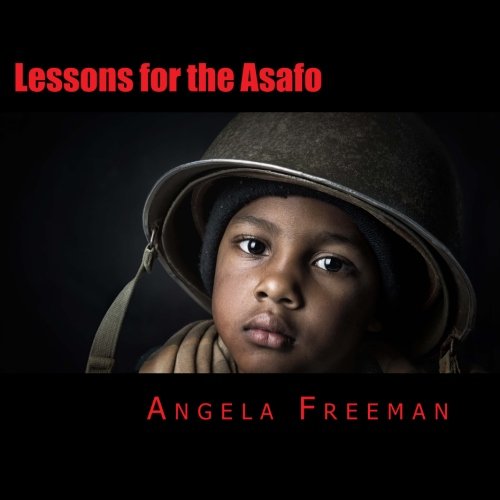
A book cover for Lessons for the Asafo: Wisdom for Warriors-In-Training; Angela Freeman; Children's Books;